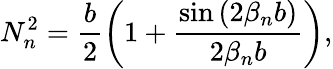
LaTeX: N_{n}^{2}=\frac{b}{2}\left(1+\frac{\sin{(2\beta_{n}b)}}{2\beta_{n}b}\right),